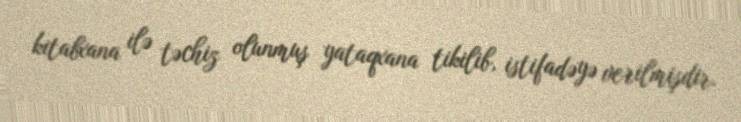
kitabxana ilə təchiz olunmuş yataqxana tikilib, istifadəyə verilmişdir.